Lunatic asylums Bombay report 1878-1890 - 1878-1890
Year: 1878
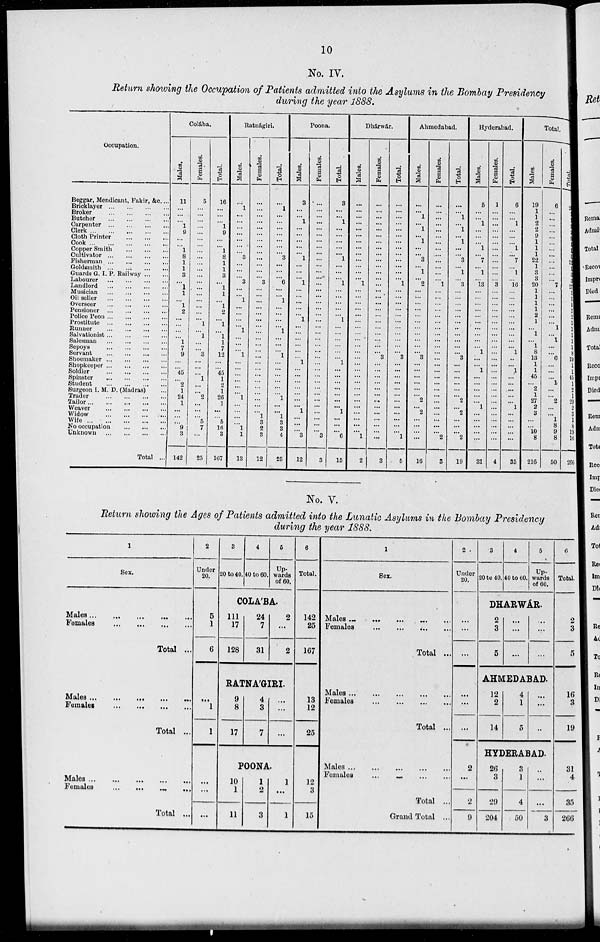
10
No. IV.
Return showing the Occupation of Patients admitted into the Asylums in the Bombay Presidency
during the year 1888.
Occupation.
Beggar, Mendicant, Fakir, &c....
Bricklayer...
...
...
...
Broker
...
...
...
...
Butcher
...
...
...
...
Carpenter
...
...
...
...
Clerk...
...
...
...
Cloth Printer ... ... ... ...
Cook...
...
...
...
CopperSmith ... ... ... ...
Cultivator...
...
...
...
Fisherman...
...
...
...
Goldsmith
...
...
...
...
Guards G. I. P. Railway... ...
Labourer
...
...
...
...
Landlord
...
...
...
...
Musician
...
...
...
...
Oil seller
...
...
...
...
Overseer
...
...
...
...
Pensioner
...
...
...
...
Police Peon...
...
...
...
Prostitute
...
...
...
...
Runner
...
...
...
...
Salvationist...
...
...
...
Salesman
...
...
...
...
Sepoys
...
...
...
...
Servant
...
...
...
...
Shoemaker...
...
...
...
Shopkeeper...
...
...
...
Soldier ... ... ... ...
Spinster
...
...
...
...
Student
...
...
...
...
Surgeon I. M. D. (Madras) ...
Trader
...
...
...
...
Tailor...
...
...
...
Weaver
...
...
...
...
Widow
...
...
...
...
Wife...
...
...
...
No occupation ... ... ... ...
Unknown
...
...
...
...
Total ...
Colába.
Males.
11
...
...
... 1
9
...
... 1
8
1
1
3
... 1
1
... 1
2
...
...
...
... 1
7
9
...
... 45
... 2
1
24
1
...
...
... 9 3
142
Females.
5
...
...
...
...
...
...
...
...
...
...
...
...
...
...
...
...
...
...
... 1
... 1
...
... 3
...
...
... 1
...
... 2
...
...
... 5
7
...
25
Total.
16
...
...
... 1
9
...
... 1
8
1
1
3
... 1
1
... 1
2
... 1
... 1
1
7
12
...
... 45
1
9
1
20
1
...
5
16
3
107
Ratnágiri.
Males.
...
1
...
...
...
...
...
...
... 3
...
...
... 3
...
... 1
...
...
...
... 1
...
...
... 1
...
...
...
...
...
... 1
...
...
...
... 1
1
13
Females.
...
...
...
...
...
...
...
...
...
...
...
...
... 3
...
...
...
...
...
...
...
...
...
...
... ...
...
...
...
...
...
...
...
...
... 1
3
2
3
12
Total.
...
1
...
...
...
...
...
...
... 3
...
...
... 6
...
... 1
...
...
...
... 1
...
...
... 1
...
...
...
...
...
... 1
...
...
1
3
3
4
25
Poona.
Males.
3
...
... 1
...
...
...
...
... 1
...
...
... 1
...
...
...
...
... 1
...
...
...
...
...
... 1
...
...
...
...
...
...
... 1
...
...
... 3
12
Females.
...
...
...
...
...
...
...
...
...
...
...
...
...
...
...
...
...
...
...
...
...
...
...
...
...
...
...
...
...
...
...
...
...
...
...
...
...
... 3
3
Total.
3
...
... 1
...
...
...
...
... 1
...
...
... 1
...
...
...
...
... 1
...
...
...
...
...
... 1
...
...
...
...
...
...
... 1
...
...
... 6
16
Dhárwár.
Males.
...
...
...
...
...
...
...
...
...
...
...
...
... 1
...
...
...
...
...
...
...
...
...
...
...
...
...
...
...
...
...
...
...
...
...
...
...
... 1
2
Females.
...
...
...
...
...
...
...
...
...
...
...
...
...
...
...
...
...
...
...
...
...
...
...
...
... 3
...
...
...
...
...
... ...
...
...
...
...
...
...
3
Total.
...
...
...
...
...
...
...
...
...
...
...
...
... 1
...
...
...
...
...
...
...
...
...
...
... 3
...
...
...
...
...
...
...
...
...
...
...
... 1
5
Ahmedabad.
Males.
...
... 1
... 1
... 1
... ...
3
... 1
... 2
...
...
...
...
...
...
...
...
...
...
... 3
...
...
...
...
...
... 2
... 2
...
...
...
...
16
Females.
...
...
...
...
...
...
...
...
...
...
...
...
... 1
...
...
...
...
...
...
...
...
...
...
...
...
...
...
...
...
...
...
...
...
...
...
...
... 2
3
Total.
...
... 1
... 1
... 1
...
... 3
... 1
... 3
...
...
...
...
...
...
...
...
...
...
... 3
...
...
...
...
...
... 2
... 2
...
...
... 2
19
Hyderabad.
Males.
5
...
... 1
...
...
... 1
... 7
... 1
... 13
...
...
...
...
...
...
...
...
...
... 1
...
... 1
...
...
...
...
... 1
...
...
...
...
...
31
Females.
1
...
...
...
...
...
...
...
...
...
...
...
... 3
...
...
...
...
...
...
...
...
...
...
...
...
...
...
...
...
...
...
...
...
...
...
...
...
...
4
Total.
6
...
... 1
...
...
... 1
... 7
... 1
... 16
...
...
...
...
...
...
...
...
...
... 1
...
... 1
...
...
...
...
... 1
...
...
...
...
...
35
Total.
Males.
19
1
1
2
2
9
1
1
1
22
1
3
3
20
1
1
1
1
2
1
... 1
... 1
8
13
1
1
45
... 2
1
27
2
3
...
... 10
8
216
Females.
6
...
...
...
...
...
...
...
...
...
...
...
... 7
...
...
...
...
...
... 1
... 1
...
... 6
...
...
... 1
...
... 2
...
... 1
8
9
8
50
Total.
...
...
...
...
...
...
...
...
... 22
1
3
3 27
1
1
1
1
2
1
1
1
1
1
8
19
1
1
45
1
2 1
29
2
3
1
8
19
16
266
No. V.
Return showing the Ages of Patients admitted into the Lunatic Asylums in the Bombay Presidency
during the year 1888.
1
Sex.
Males... ... ... ...
Females ... ... ...
Total ...
Males
...
...
...
...
Females...
...
...
...
Total ...
Males...
...
...
...
Females...
...
...
...
Total ...
2
Under
20.
3
20 to 40.
4
40 to 60.
5
Up¬
wards
of 60.
6
Total.
COLA'BA.
5
1
6
111
17
128
24
7
31
2
...
2
142
25
167
RATNA'GIRI.
...
1
1
9
8
17
4
3
7
...
...
13
12
25
POONA.
...
...
...
10
1
11
1
2
3
1
...
1
12
3
15
1
Sex.
Males ...
...
...
...
Females
...
...
...
...
Total ...
Males...
...
...
...
Females
...
...
...
...
Total ...
Males...
...
...
...
Females
...
...
...
...
Total ...
Grand Total ...
2
Under
20.
3
20 to 40.
4
40 to 00.
5
Up¬
wards
of 00.
6
Total.
DHARWÁR.
...
...
...
2
3
5
...
...
...
...
...
...
2
3
5
AHMEDABAD.
...
...
...
12
2
14
4
1
5
...
...
...
16
3
19
HYDERABAD.
2
...
2
9
26
3
29
204
3
1
4
50
...
...
...
3
31
4
35
266